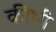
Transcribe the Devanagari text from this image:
कीभी